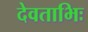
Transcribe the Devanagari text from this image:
देवताभिः